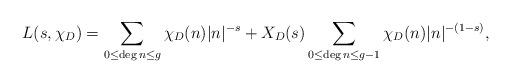
LaTeX: \begin{align*} L(s,\chi_D) = \sum_{0 \leq \deg{n}\leq g} \chi_D(n) |n|^{-s} + X_D(s) \sum_{0 \leq \deg{n}\leq g-1} \chi_D(n) |n|^{-(1-s)},\end{align*}